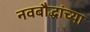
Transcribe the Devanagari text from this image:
नवबौद्धांच्या